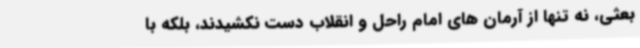
بعثی، نه تنها از آرمان های امام راحل و انقلاب دست نکشیدند، بلکه با